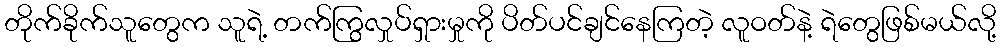
တိုက်ခိုက်သူတွေက သူရဲ့ တက်ကြွလှုပ်ရှားမှုကို ပိတ်ပင်ချင်နေကြတဲ့ လူဝတ်နဲ့ ရဲတွေဖြစ်မယ်လို့